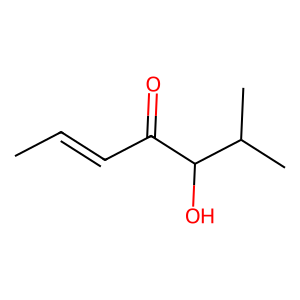
SMILES: CC=CC(=O)C(O)C(C)C
Inhibits HIV replication: No